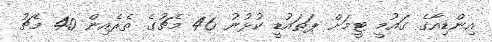
އިންޑިއާގެ ގައުމީ ޓީމަށް ޕަތައުޑީ ކުޅުނު 46 މެޗުގެ ތެރެއިން 40 މެޗު